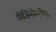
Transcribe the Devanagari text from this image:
लैजिनोस्टोमा